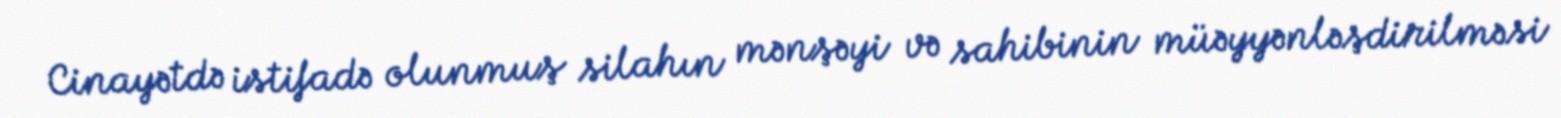
Cinayətdə istifadə olunmuş silahın mənşəyi və sahibinin müəyyənləşdirilməsi